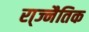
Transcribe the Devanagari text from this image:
रा्ज्नैतिक